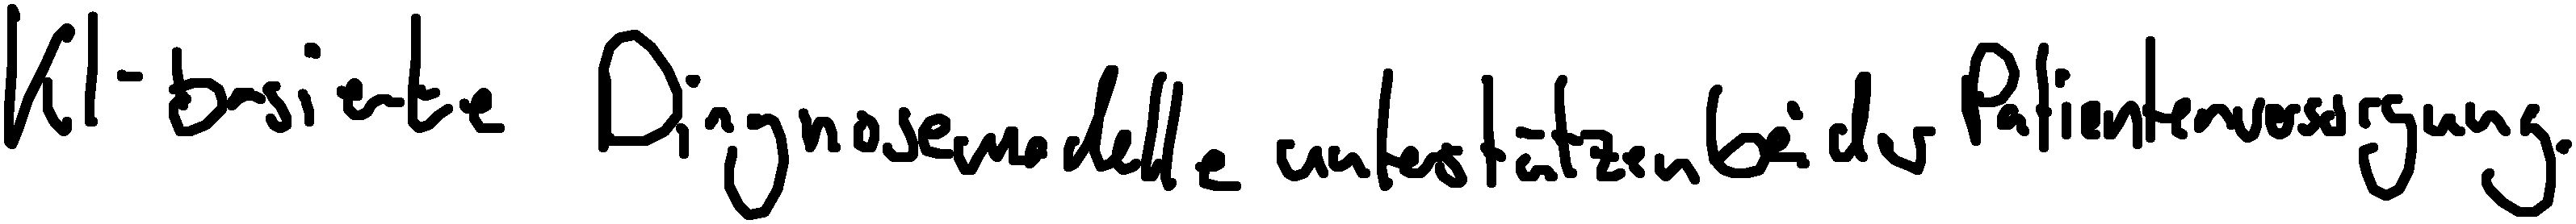
KI-basierte Diagnosemodelle unterstützen bei der Patientenversorgung.